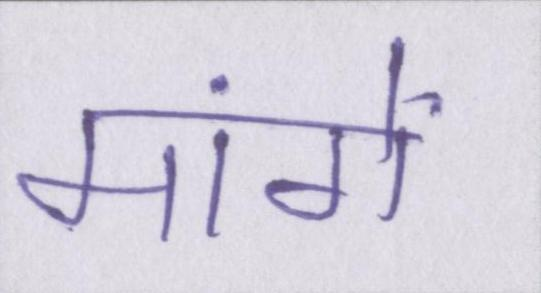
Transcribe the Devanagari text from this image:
मांगें